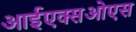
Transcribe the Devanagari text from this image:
आईएक्सओएस